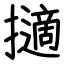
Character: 擿